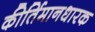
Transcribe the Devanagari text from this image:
कीर्तिमानधारक